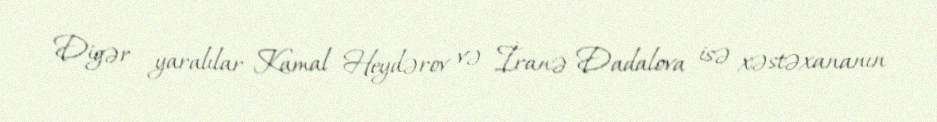
Digər yaralılar Kamal Heydərov və İranə Dadalova isə xəstəxananın